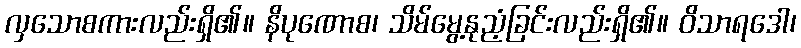
လှသောစကားလည်းရှိ၏။ နိပုဏောစ၊ သိမ်မွေ့နုညံ့ခြင်းလည်းရှိ၏။ ဝိသာရဒေါ၊